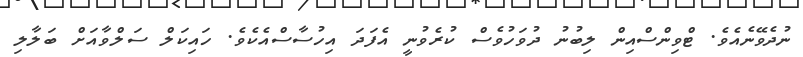
ނުދެވޭނެއެވެ. ޓްވިންސްއިން ލިބުނު ދުވަހުވެސް ކުރެވުނީ އެފަދަ އިހުސާސްއެކެވެ. ހައިކަލް ސަލްވާއަށް ބަލާލި